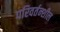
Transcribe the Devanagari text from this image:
परिवर्तन्शील